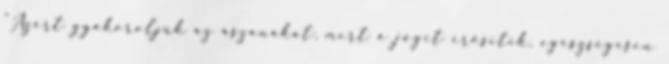
"Azért gyakoroljuk az ászanákat, mert a jógit erősítik, egészségesen